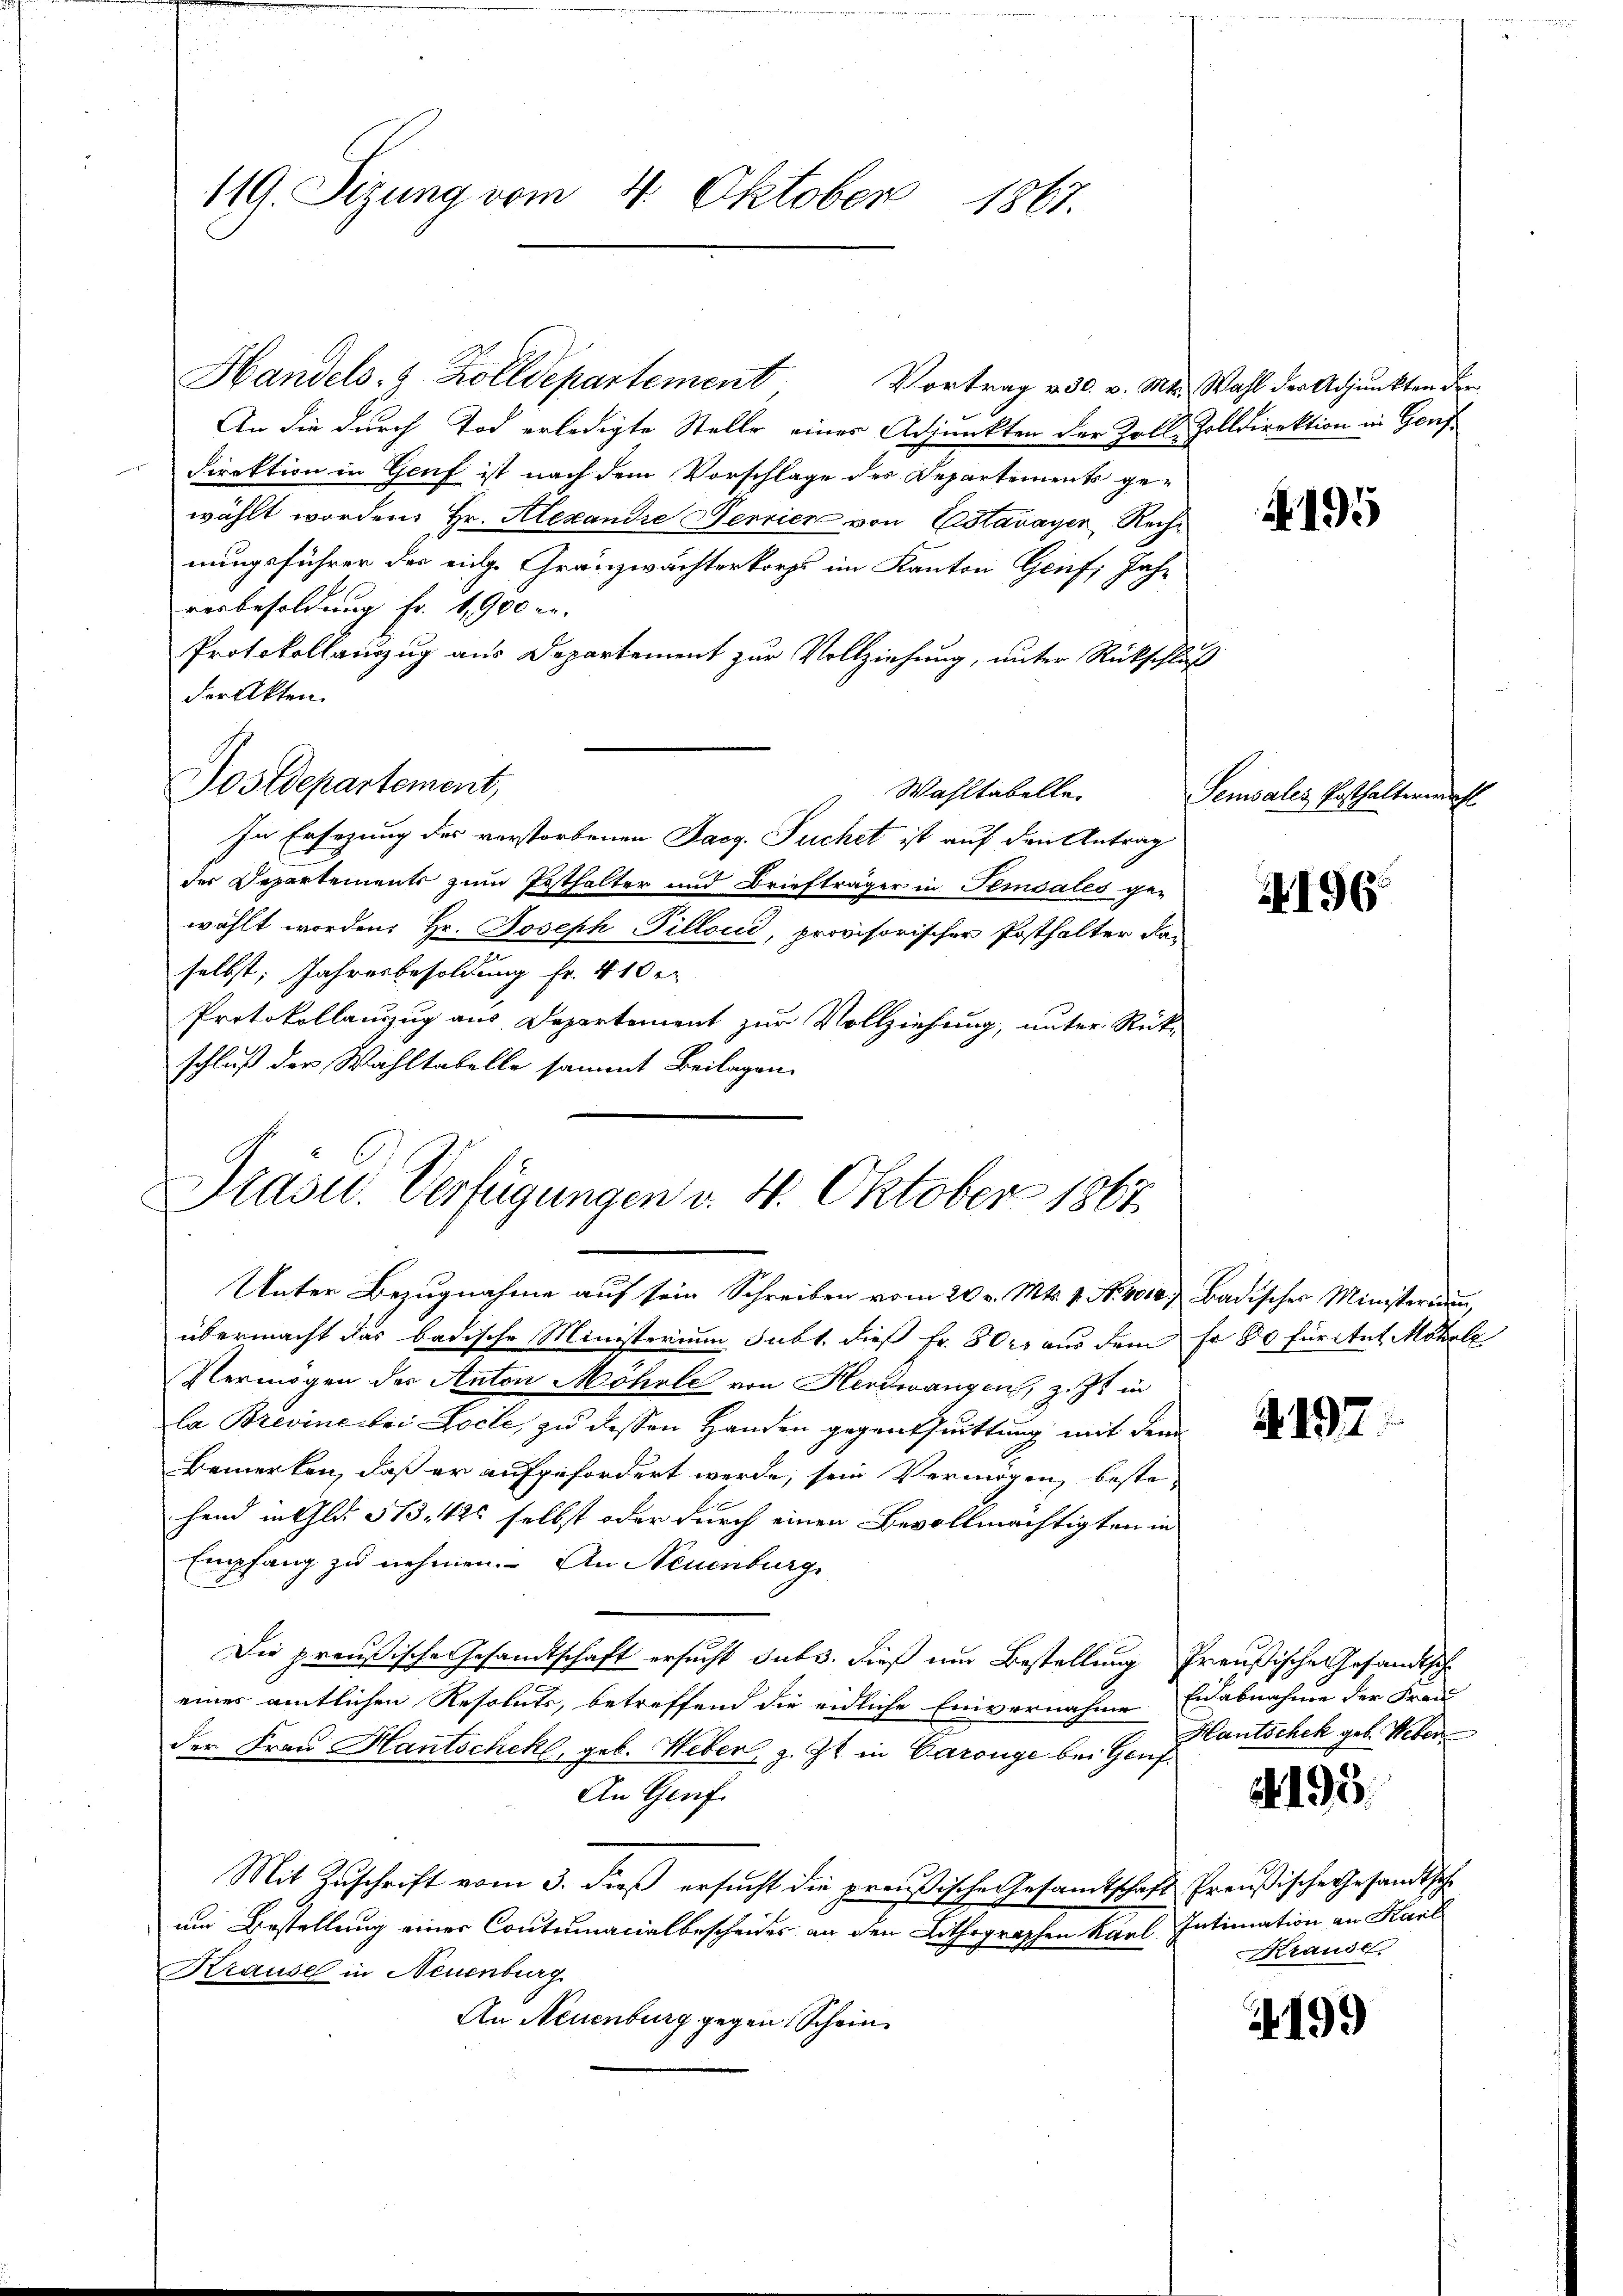
119. Sizung vom 4. Oktober 1867.

Handels- & Zolldepartement
Vortrag v. 30. v. Mt. Wahl der Adjunkten der
An die durch Tod erledigte Stelle eines Adjunkten der Zoll Zolldirektion in Genf¬
Direktion in Genf ist nach dem Vorschlage des Departements gewählt worden. Hr. Alexandre Terrien von Estavayer Rechnungsführer der eige Gränzwächterkorps im Kanton Genf, Jahr
verbesoldung Fr. 1900 er
Protokollanzug aus Departement zur Vollziehung, unter Rückschluß
der Akten.
Postdepartement,
Wahltabelle.
In Ersezung des verstorbenen Jacg. Puchet ist auf den Antrag
der Departements zum Pesthalter und Briefträger in Temsales ge-
wählt worden. Hr. Joseph Pilloud, provisorischer Posthalter da-
selbst, Jahresbesoldung fr. 410 r
Protokollanzug aus Departement zur Vollziehung, unter Rück-
schluß der Wahltabelle sammt Beilagen.

Präsid. Verfügungen d. 4. Oktober 1867

Unter Bezugnahme auf sein Schreiben vom 20. v. Mts. 1. No. 401. Badischer Ministerium,
übermacht das badische Ministerium subt dieß Fr. 800 aus dem Er 80 furitet Mohele
Vermögen der Anton Möhrle von Herdwangen, z. Zt. in
la Brevine bei Locle, zu dessen Handen gegenthuittung mit dem
Bemerken, daß er aufgefordert werde, sein Vermögen, beste-
hend in Gld. 513. 425 selbst oder durch einen Bevollmächtigten in
Empfang zu nehmen. An Neuenburge
Die preußische Gesandtschaft ersucht subs. dieß um Bestellung Preußische Gesandtsch
eines amtlichen Resoluts, betreffend die eidliche Einvernahme Eidabnahme der Frei
der Frau Hantschek, geb. Weber, z. Zt. in Carouge bei Genf.
An Genf
Mit Zuschrift vom 3. dieß ersucht die preußische Gesamtschaft Preußische Gesandtsche
um Bestellung einer Contumacialbescheides an den Lithographen Karl Intimation an Karl
Krause in Neuenburg
An Neuenburg gegen Schein

195

Sensales Ersthaltermahl

4196

197.

Hautschek geb. Weber

195.

Krause.

19.)